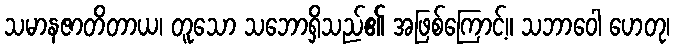
သမာနဇာတိတာယ၊ တူသော သဘောရှိသည်၏ အဖြစ်ကြောင့်။ သဘာဝေါ ဟေတု၊